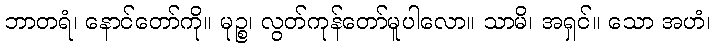
ဘာတရံ၊ နောင်တော်ကို။ မုဉ္စ၊ လွတ်ကုန်တော်မူပါလော။ သာမိ၊ အရှင်။ သော အဟံ၊